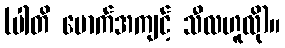
(ပါတိ မောက်အကျင့် သီလဟူလို)။